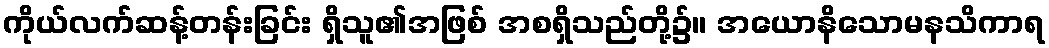
ကိုယ်လက်ဆန့်တန်းခြင်း ရှိသူ၏အဖြစ် အစရှိသည်တို့၌။ အယောနိသောမနသိကာရ